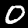
Label: 0